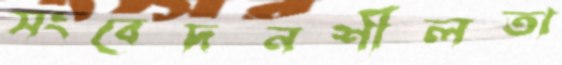
সংবেদনশীলতা